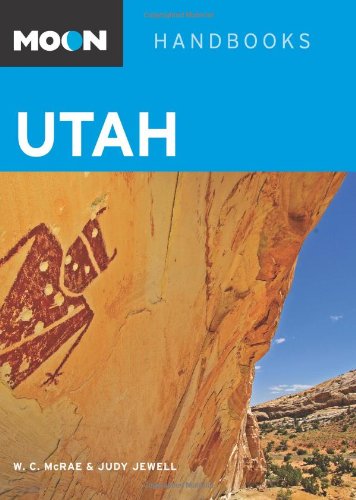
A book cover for Utah (Moon Handbooks); Bill McRae; Travel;